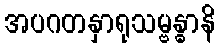
အပဂတနှာရုသမ္ဗန္ဓာနိ